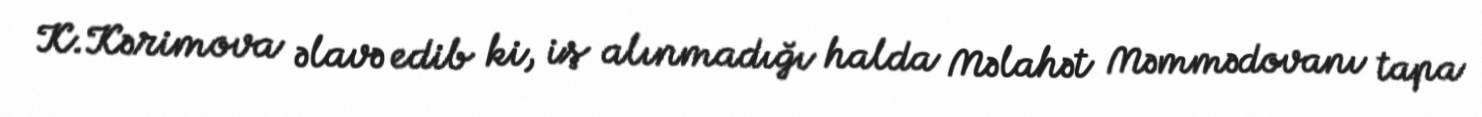
K.Kərimova əlavə edib ki, iş alınmadığı halda Məlahət Məmmədovanı tapa